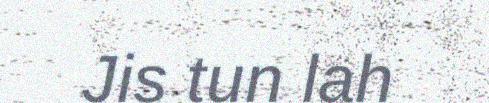
Jis tun lah